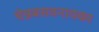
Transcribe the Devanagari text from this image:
चेन्नबसवनायका